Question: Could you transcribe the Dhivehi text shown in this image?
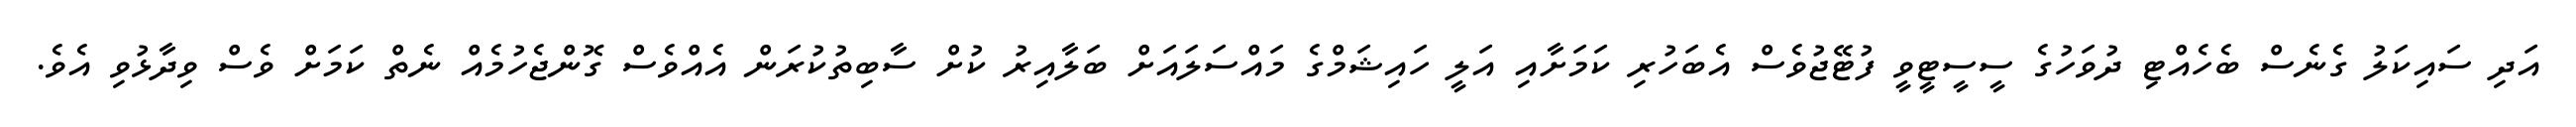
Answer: އަދި ސައިކަލު ގެނެސް ބެހެއްޓި ދުވަހުގެ ސީސީޓީވީ ފުޓޭޖުވެސް އެބަހުރި ކަމަށާއި އަލީ ހައިޝަމްގެ މައްސަލައަށް ބަލާއިރު ކުށް ސާބިތުކުރަން އެއްވެސް ގޮންޖެހުމެއް ނެތް ކަމަށް ވެސް ވިދާޅުވި އެވެ.